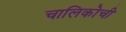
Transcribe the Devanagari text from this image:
चालिकोची